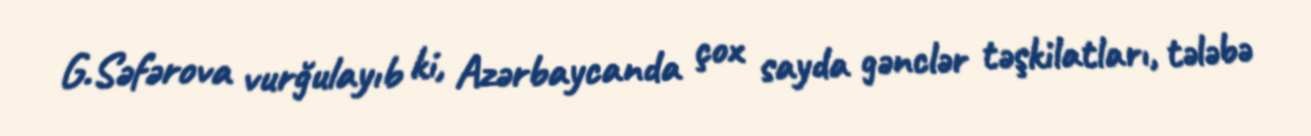
G.Səfərova vurğulayıb ki, Azərbaycanda çox sayda gənclər təşkilatları, tələbə